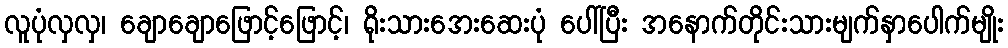
လူပုံလှလှ၊ ချောချောဖြောင့်ဖြောင့်၊ ရိုးသားအေးဆေးပုံ ပေါ်ပြီး အနောက်တိုင်းသားမျက်နှာပေါက်မျိုး